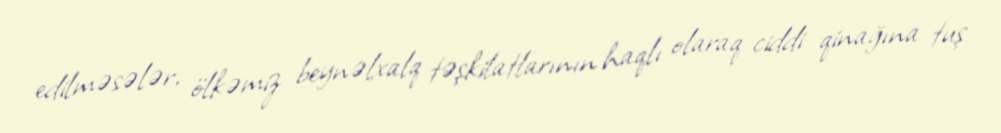
edilməsələr, ölkəmiz beynəlxalq təşkilatlarının haqlı olaraq ciddi qinağına tuş